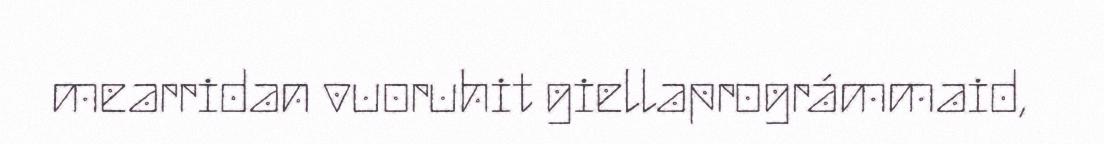
mearridan vuoruhit giellaprográmmaid,